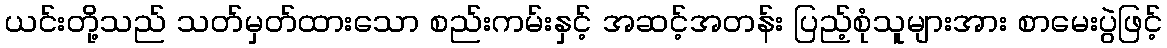
ယင်းတို့သည် သတ်မှတ်ထားသော စည်းကမ်းနှင့် အဆင့်အတန်း ပြည့်စုံသူများအား စာမေးပွဲဖြင့်